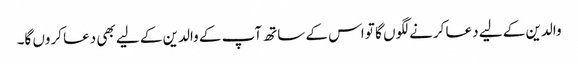
والدین کے لیے دعا کرنے لگوں گا تو اس کے ساتھ آپ کے والدین کے لیے بھی دعا کروں گا۔